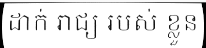
ដាក់ រាជ្យ របស់ ខ្លួន